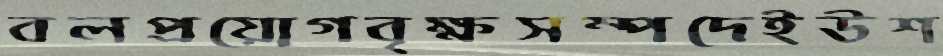
বলপ্রয়োগবৃক্ষসম্পদেইউশ